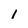
Character: 1